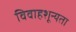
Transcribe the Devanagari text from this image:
विवाहशून्यता